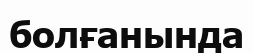
болғанында